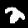
Label: 2